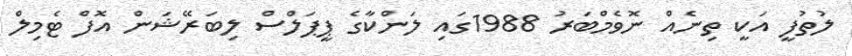
ލުތުފީ އަކީ ތިނެއް ނޮވެމްބަރު 1988ގައި ލަންކާގެ ޕީޕަލްސް ލިބަރޭޝަން އޮފް ޓެމިލް